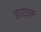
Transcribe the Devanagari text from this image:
डाडाइस्म